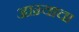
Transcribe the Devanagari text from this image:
आग्र्याचा